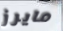
مايرز